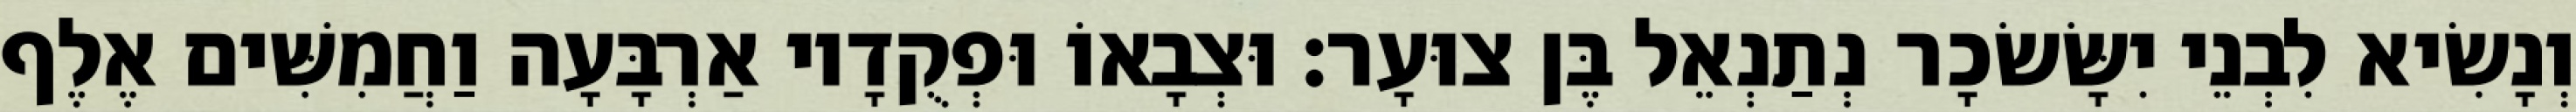
וְנָשִׂיא לִבְנֵי יִשָּׂשׂכָר נְתַנְאֵל בֶּן צוּעָר׃ וּצְבָאוֹ וּפְקֻדָיו אַרְבָּעָה וַחֲמִשִּׁים אֶלֶף